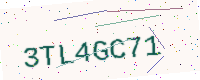
Text: 3TL4GC71